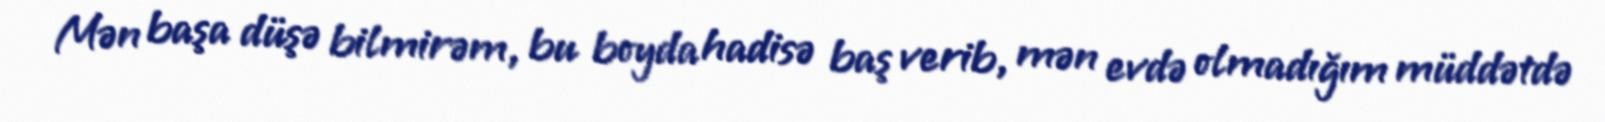
Mən başa düşə bilmirəm, bu boyda hadisə baş verib, mən evdə olmadığım müddətdə